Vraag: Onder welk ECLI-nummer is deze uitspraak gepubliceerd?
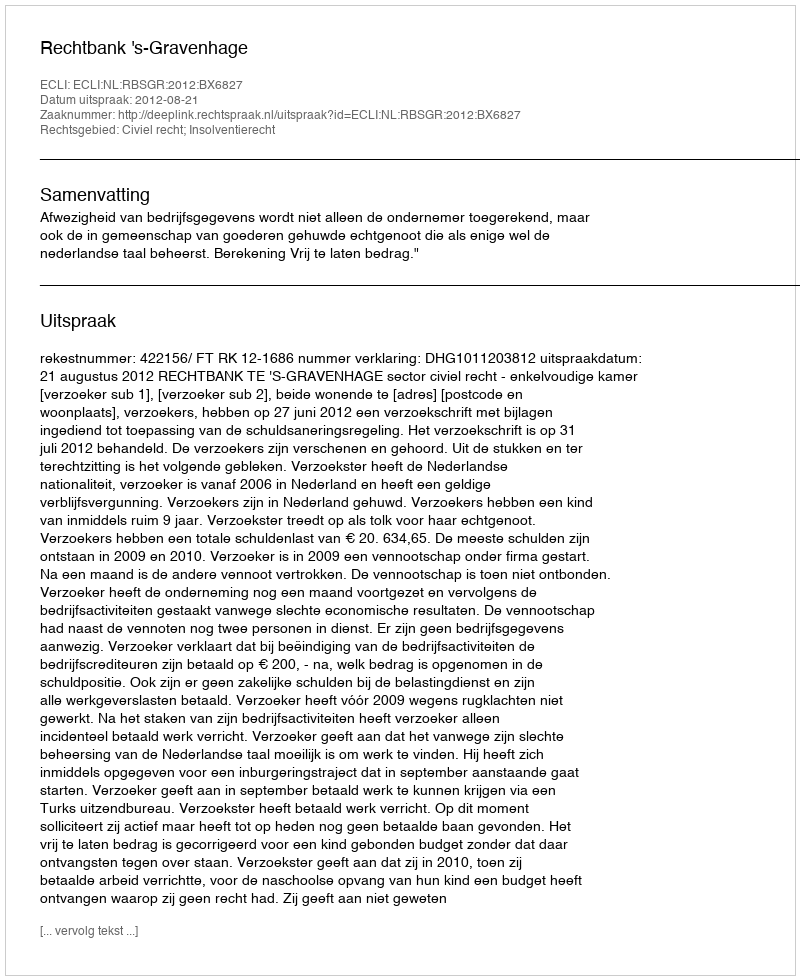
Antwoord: ECLI:NL:RBSGR:2012:BX6827